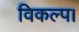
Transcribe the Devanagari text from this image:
विकल्प।